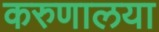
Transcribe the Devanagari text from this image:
करुणालया